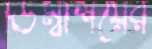
ডিম্বাশয়ের